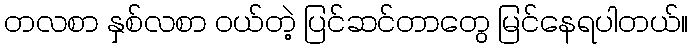
တလစာ နှစ်လစာ ဝယ်တဲ့ ပြင်ဆင်တာတွေ မြင်နေရပါတယ်။